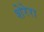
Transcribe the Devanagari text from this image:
शेरेरा